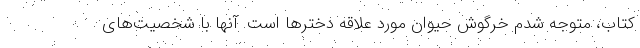
کتاب، متوجه شدم خرگوش حیوان مورد علاقه دخترها است. آنها با شخصیت‌های